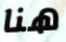
هنا